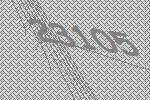
23105